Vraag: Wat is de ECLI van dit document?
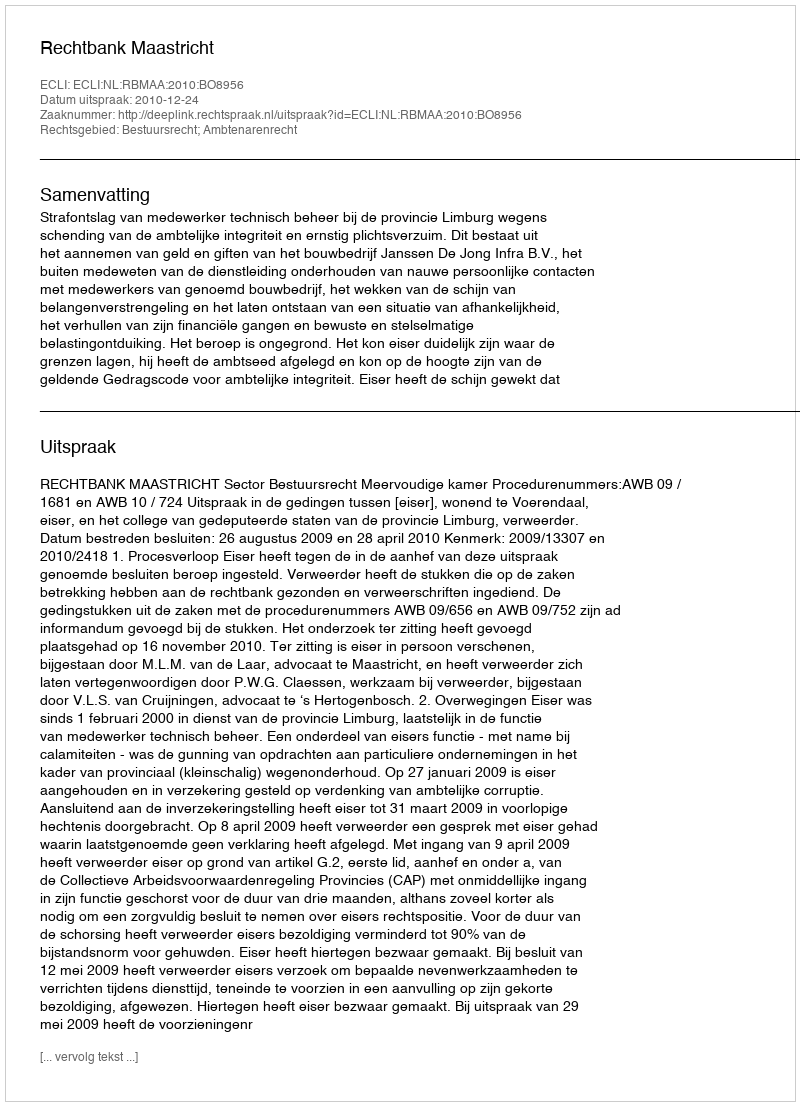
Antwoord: ECLI:NL:RBMAA:2010:BO8956